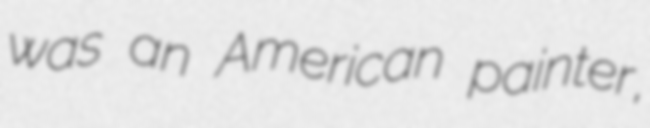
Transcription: was an American painter,